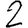
Digit: 2